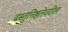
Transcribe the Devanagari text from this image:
वस्तुनिष्ठतेवरील